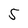
Character: 5